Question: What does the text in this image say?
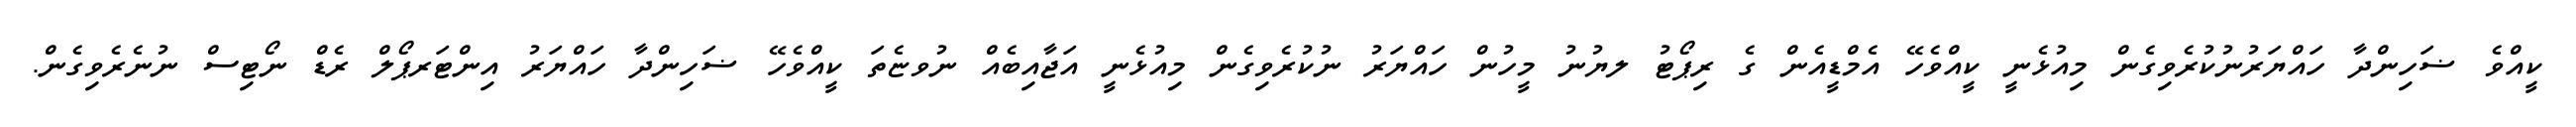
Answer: ކީއްވެ ޟަހިންދާ ހައްޔަރުނުކުރެވިގެން މިއުޅެނީ ކީއްވެހޭ އެމްޑީއެން ގެ ރިޕޯޓު ލޔުނު މީހުން ހައްޔަރު ނުކުރެވިގެން މިއުޅެނީ އަޖާއިބެއް ނުވޏެތަ ކީއްވެހޭ ޟަހިންދާ ހައްޔަރު އިންޓަރޕޯލް ރެޑް ނޯޓިސް ނުނެރެވިގެން.